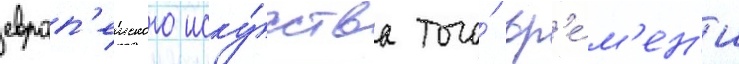
европ'еиского иску́сства того́ вр'е́м'ен'и